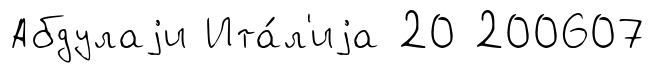
Абдулаjи Ита́л'иjа 20 200607